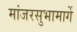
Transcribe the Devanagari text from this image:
मांजरसुभामार्गे